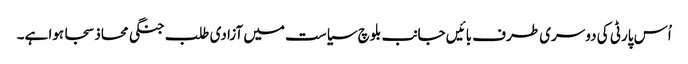
اُس پارٹی کی دوسری طرف بائیں جانب بلوچ سیاست میں آزادی طلب جنگی محاذ سجا ہوا ہے۔